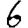
Digit: 6